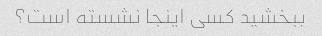
ببخشید کسی اینجا نشسته است؟